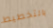
بالتخطيط